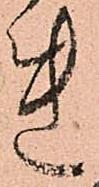
れ